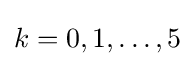
k=0,1,\ldots ,5